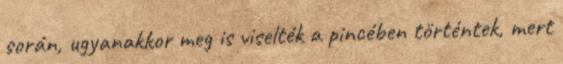
során, ugyanakkor meg is viselték a pincében történtek, mert